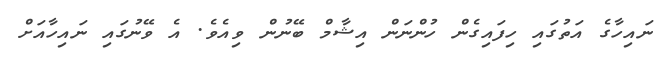
ނައިހާގެ އަތުގައި ހިފައިގެން ހުންނަން އިޝާމް ބޭނުން ވިއެވެ. އެ ވޭނުގައި ނައިހާއަށް